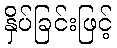
နှိပ်ခြင်းဖြင့်